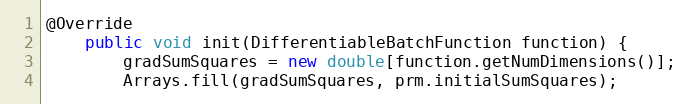
Language: Java
@Override
    public void init(DifferentiableBatchFunction function) {
        gradSumSquares = new double[function.getNumDimensions()];
        Arrays.fill(gradSumSquares, prm.initialSumSquares);